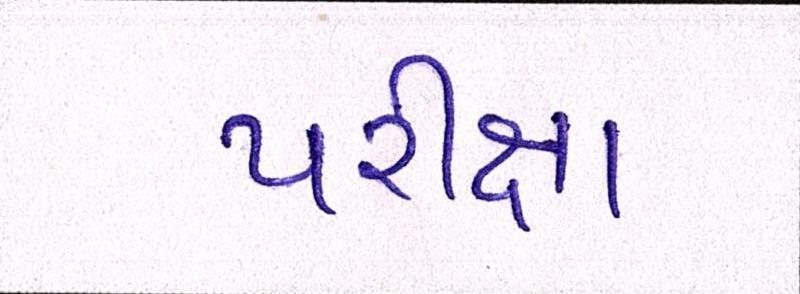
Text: પરીક્ષા